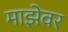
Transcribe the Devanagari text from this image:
माझेवर